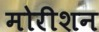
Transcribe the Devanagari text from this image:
मोरीशन